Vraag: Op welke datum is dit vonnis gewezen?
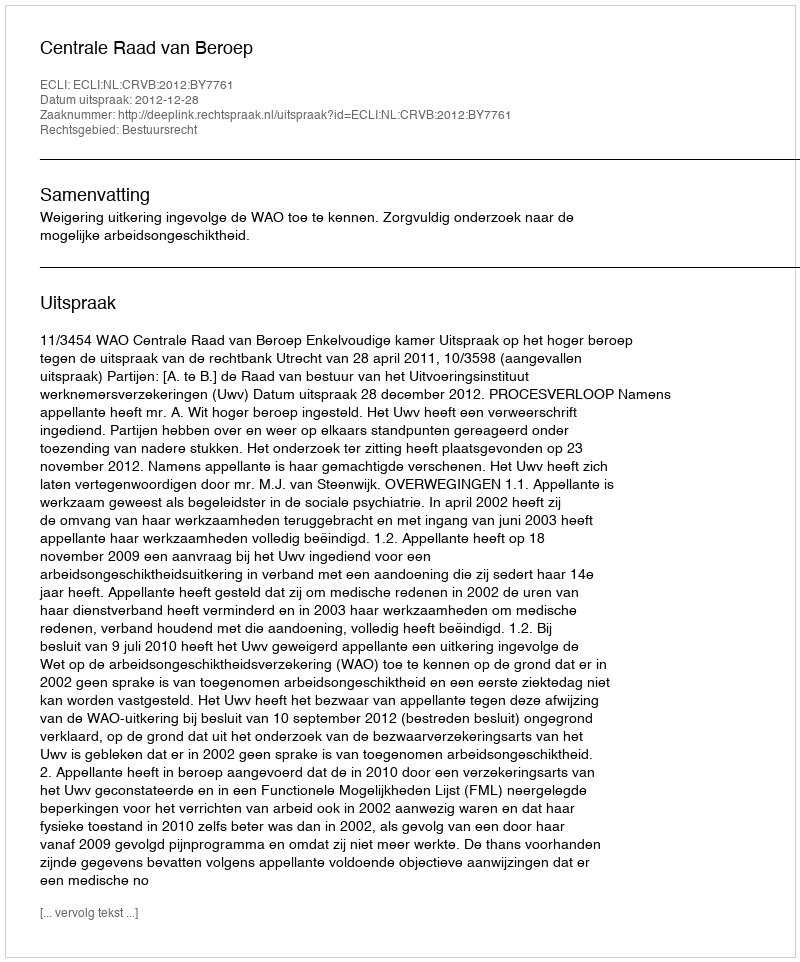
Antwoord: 2012-12-28